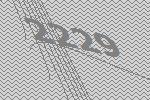
2229